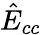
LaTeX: \hat{E}_{cc}